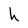
Character: h